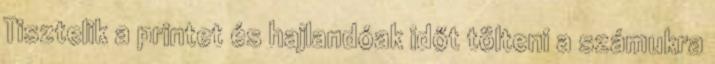
Tisztelik a printet és hajlandóak időt tölteni a számukra